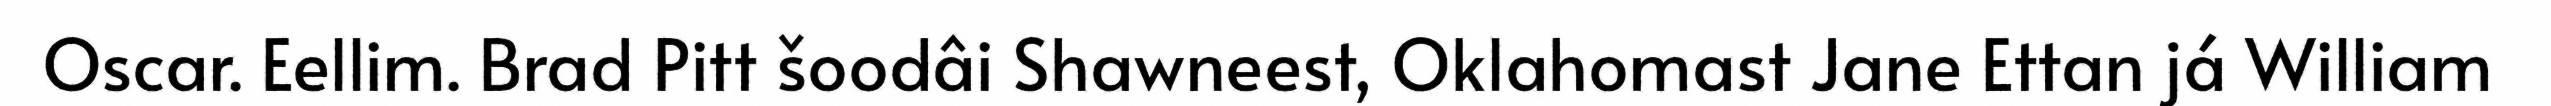
Oscar. Eellim. Brad Pitt šoodâi Shawneest, Oklahomast Jane Ettan já William